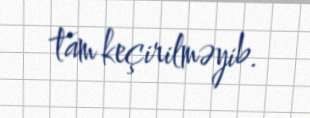
tam keçirilməyib.